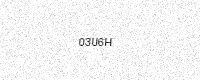
Text: 03U6H